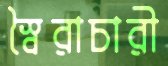
স্বৈরাচারী